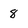
Character: 8